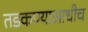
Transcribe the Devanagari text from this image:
तडकण्याआधीच